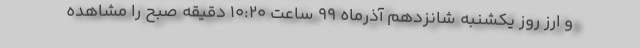
و ارز روز یکشنبه شانزدهم آذرماه ۹۹ ساعت 10:20 دقیقه صبح را مشاهده